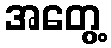
အတွေ့